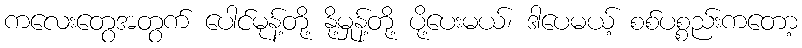
ကလေးတွေအတွက် ပေါင်မုန့်တို့ နို့မှုန့်တို့ ပို့ပေးမယ်၊ ဒါပေမယ့် စစ်ပစ္စည်းကတော့